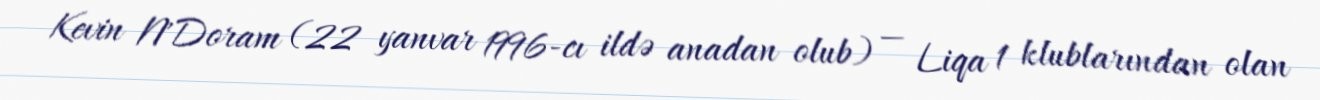
Kevin N'Doram (22 yanvar 1996-cı ildə anadan olub) — Liqa 1 klublarından olan